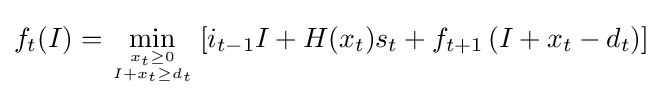
f_{t}(I)={\underset {x_{t}\geq 0 \atop I+x_{t}\geq d_{t}}{\min }}\left[i_{t-1}I+H(x_{t})s_{t}+f_{t+1}\left(I+x_{t}-d_{t}\right)\right]